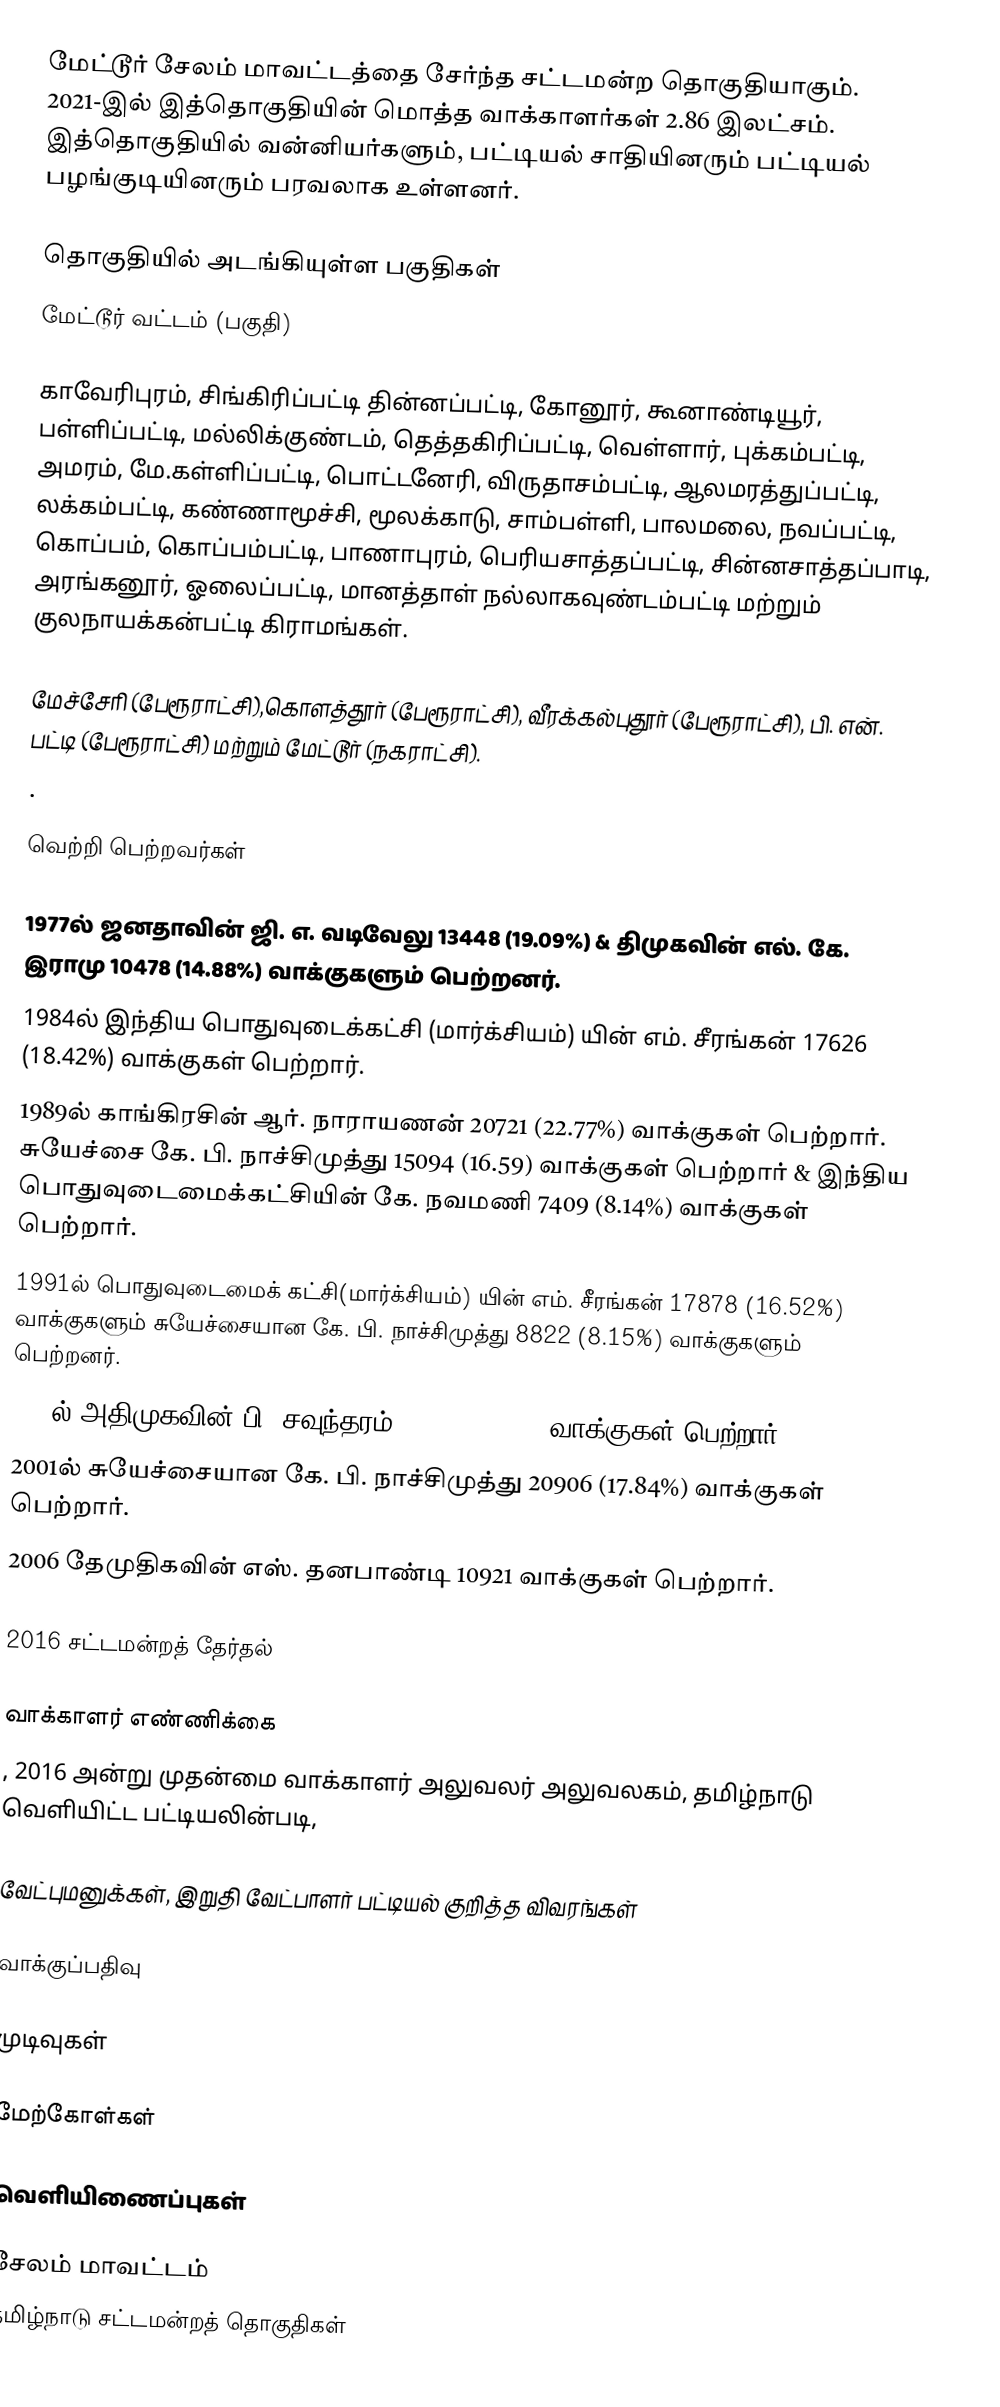
மேட்டூர் சேலம் மாவட்டத்தை சேர்ந்த சட்டமன்ற தொகுதியாகும். 2021-இல் இத்தொகுதியின் மொத்த வாக்காளர்கள் 2.86 இலட்சம். இத்தொகுதியில் வன்னியர்களும், பட்டியல் சாதியினரும் பட்டியல் பழங்குடியினரும் பரவலாக உள்ளனர்.

தொகுதியில் அடங்கியுள்ள பகுதிகள்
 மேட்டூர் வட்டம் (பகுதி)

காவேரிபுரம், சிங்கிரிப்பட்டி தின்னப்பட்டி, கோனூர், கூனாண்டியூர், பள்ளிப்பட்டி, மல்லிக்குண்டம், தெத்தகிரிப்பட்டி, வெள்ளார், புக்கம்பட்டி, அமரம், மே.கள்ளிப்பட்டி, பொட்டனேரி, விருதாசம்பட்டி, ஆலமரத்துப்பட்டி, லக்கம்பட்டி, கண்ணாமூச்சி, மூலக்காடு, சாம்பள்ளி, பாலமலை, நவப்பட்டி, கொப்பம், கொப்பம்பட்டி, பாணாபுரம், பெரியசாத்தப்பட்டி, சின்னசாத்தப்பாடி, அரங்கனூர், ஓலைப்பட்டி, மானத்தாள் நல்லாகவுண்டம்பட்டி மற்றும் குலநாயக்கன்பட்டி கிராமங்கள்.

 மேச்சேரி (பேரூராட்சி),கொளத்தூர் (பேரூராட்சி), வீரக்கல்புதூர் (பேரூராட்சி), பி. என். பட்டி (பேரூராட்சி) மற்றும்  மேட்டூர் (நகராட்சி).
.

வெற்றி பெற்றவர்கள்

1977ல் ஜனதாவின் ஜி. எ. வடிவேலு 13448 (19.09%) & திமுகவின் எல். கே. இராமு 10478 (14.88%) வாக்குகளும் பெற்றனர்.
1984ல் இந்திய பொதுவுடைக்கட்சி (மார்க்சியம்) யின் எம். சீரங்கன் 17626 (18.42%) வாக்குகள் பெற்றார்.
1989ல் காங்கிரசின் ஆர். நாராயணன் 20721 (22.77%) வாக்குகள் பெற்றார். சுயேச்சை கே. பி. நாச்சிமுத்து 15094 (16.59) வாக்குகள் பெற்றார் & இந்திய பொதுவுடைமைக்கட்சியின் கே. நவமணி 7409 (8.14%) வாக்குகள் பெற்றார்.
1991ல் பொதுவுடைமைக் கட்சி(மார்க்சியம்) யின் எம்.  சீரங்கன் 17878 (16.52%) வாக்குகளும் சுயேச்சையான கே. பி. நாச்சிமுத்து 8822 (8.15%) வாக்குகளும் பெற்றனர்.
1996ல் அதிமுகவின் பி. சவுந்தரம் 30012 (25.98%) வாக்குகள் பெற்றார்.
2001ல் சுயேச்சையான கே. பி. நாச்சிமுத்து 20906 (17.84%) வாக்குகள் பெற்றார்.
2006 தேமுதிகவின் எஸ். தனபாண்டி 10921 வாக்குகள் பெற்றார்.

2016 சட்டமன்றத் தேர்தல்

வாக்காளர் எண்ணிக்கை
, 2016 அன்று முதன்மை வாக்காளர் அலுவலர் அலுவலகம், தமிழ்நாடு வெளியிட்ட பட்டியலின்படி,

வேட்புமனுக்கள், இறுதி வேட்பாளர் பட்டியல் குறித்த விவரங்கள்

வாக்குப்பதிவு

முடிவுகள்

மேற்கோள்கள்

வெளியிணைப்புகள்

சேலம் மாவட்டம்
தமிழ்நாடு சட்டமன்றத் தொகுதிகள்